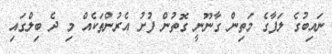
ނައިބުގެ ލަފާގެ މަތިން ގާނޫނީ ގޮތުން ފުށު އެރުންތަކެއް މި ދެ ބިލްގައި